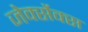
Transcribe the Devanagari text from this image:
जेर्क्सेक्स